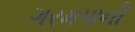
ગરમપાની